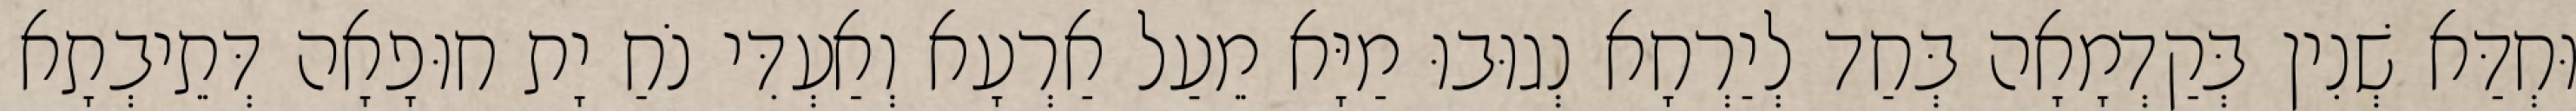
וּחְדַּא שְׁנִין בְּקַדְמָאָה בְּחַד לְיַרְחָא נְגוּבוּ מַיָּא מֵעַל אַרְעָא וְאַעְדִּי נֹחַ יָת חוּפָאָה דְּתֵיבְתָא